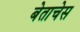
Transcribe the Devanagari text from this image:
बेताचेस